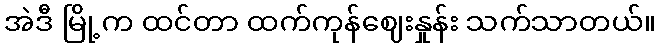
အဲဒီ မြို့က ထင်တာ ထက်ကုန်ဈေးနှုန်း သက်သာတယ်။